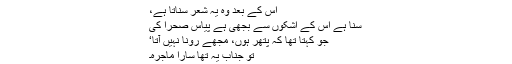
اس کے بعد وہ یہ شعر سناتا ہے،
سنا ہے اس کے اشکوں سے بجھی ہے پیاس صحرا کی
جو کہتا تها کہ پتھر ہوں، مجھے رونا نہیں آتا‘
تو جناب یہ تھا سارا ماجرہ۔